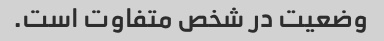
وضعیت در شخص متفاوت است.